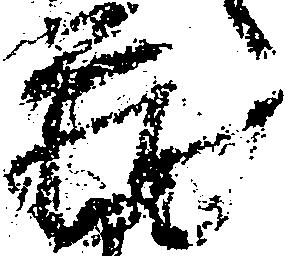
蔵